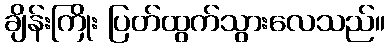
ချိန်းကြိုး ပြတ်ထွက်သွားလေသည်။